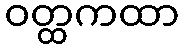
ဝတ္ထကထာ